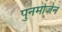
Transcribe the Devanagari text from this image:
पुनर्मार्जन